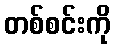
တစ်စင်းကို